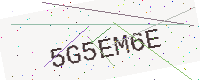
Text: 5G5EM6E